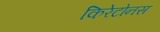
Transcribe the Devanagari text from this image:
किरेटोनस